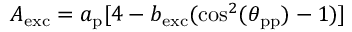
A _ { \mathrm { e x c } } = a _ { \mathrm { p } } [ 4 - b _ { \mathrm { e x c } } ( \cos ^ { 2 } ( \theta _ { \mathrm { p p } } ) - 1 ) ]